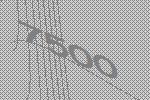
7500